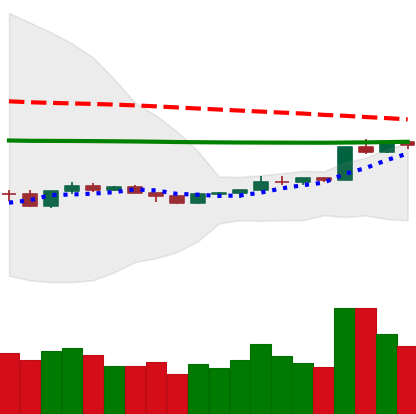
Ticker: ETH-USD
Chart end date: 2020-04-09
Forward return: -7.734%
Label: down_7plus